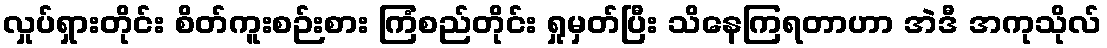
လှုပ်ရှားတိုင်း စိတ်ကူးစဉ်းစား ကြံစည်တိုင်း ရှုမှတ်ပြီး သိနေကြရတာဟာ အဲဒီ အကုသိုလ်